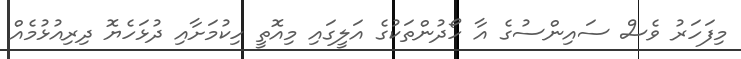
މިފަހަރު ވެސް ސައިންސުގެ އާ ހޯދުންތަކުގެ އަލީގައި މިއޮތީ ހިކުމަށާއި ދުޅަހެޔޮ ދިރިއުޅުމެއް